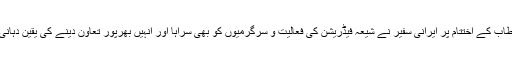
اپنے خطاب کے اختتام پر ایرانی سفیر نے شیعہ فیڈریشن کی فعالیت و سرگرمیوں کو بھی سراہا اور انہیں بھرپور تعاون دینے کی یقین دہانی کرائی۔